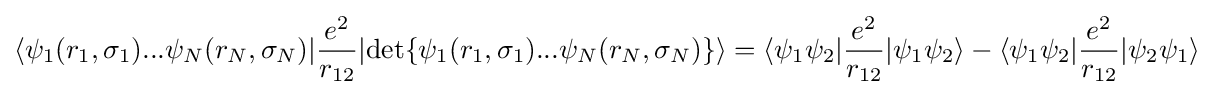
\langle \psi _{1}(r_{1},\sigma _{1})...\psi _{N}(r_{N},\sigma _{N})|{\frac {e^{2}}{r_{12}}}|\mathrm {det} \{\psi _{1}(r_{1},\sigma _{1})...\psi _{N}(r_{N},\sigma _{N})\}\rangle =\langle \psi _{1}\psi _{2}|{\frac {e^{2}}{r_{12}}}|\psi _{1}\psi _{2}\rangle -\langle \psi _{1}\psi _{2}|{\frac {e^{2}}{r_{12}}}|\psi _{2}\psi _{1}\rangle